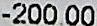
-200.00